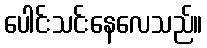
ပေါင်းသင်းနေလေသည်။